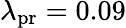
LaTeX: \lambda_{\mathrm{pr}}=0.09